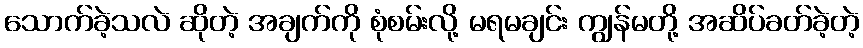
သောက်ခဲ့သလဲ ဆိုတဲ့ အချက်ကို စုံစမ်းလို့ မရမချင်း ကျွန်မတို့ အဆိပ်ခတ်ခဲ့တဲ့